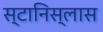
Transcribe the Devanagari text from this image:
स्टानिस्लास